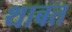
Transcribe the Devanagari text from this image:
थाबत